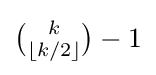
\textstyle {\binom {k}{\lfloor k/2\rfloor }}-1